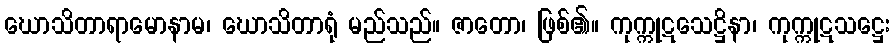
ဃောသိတာရာမောနာမ၊ ဃောသိတာရုံ မည်သည်။ ဇာတော၊ ဖြစ်၏။ ကုက္ကုဋသေဋ္ဌိနာ၊ ကုက္ကုဋသဋ္ဌေး